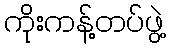
ကိုးကန့်တပ်ဖွဲ့